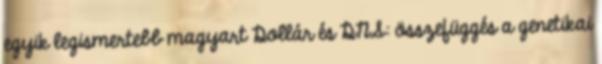
egyik legismertebb magyart Dollár és DNS: összefüggés a genetikai